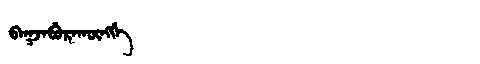
Manchu: ᠪᠠᡴᠵᠠᠪᡠᡵᠠᡴᡡᠩᡤᡝ
Romanization: BAKJABURAKŪNGGE